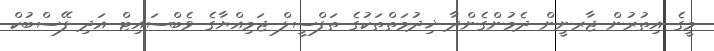
މީގެ އިތުރުން ޖާރނީން ދެމުންގެންދާ ޚިދުމަތްތަކުގެ ތަފްސީލް ޖަމިއްޔާގެ ވެބްސައިޓް އަދި ފޭސްބުކް